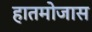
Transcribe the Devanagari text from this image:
हातमोजास